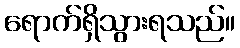
ရောက်ရှိသွားရသည်။